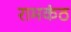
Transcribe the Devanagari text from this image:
रामकंठ